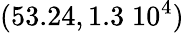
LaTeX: (53.24,1.3\; 10^{4})